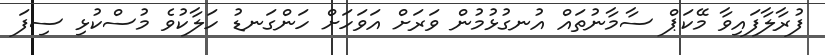
ފުރާލާފައިވާ މޭކަޕް ސާމާނުތައް އުނގުޅުމުން ވަރަށް އަވަހަށް ހަންގަނޑު ހަލާކުވެ މުސްކުޅި ސިފަ